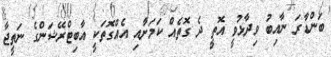
ބަންޑާރަ ނާއިބު ވިދާޅުވީ އޮތީ ދެ ގޮތެއް ކަމަށާއި އެއްގޮތަކީ އާބިޓްރޭޝަންގެ ނަތީޖާ